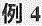
例4